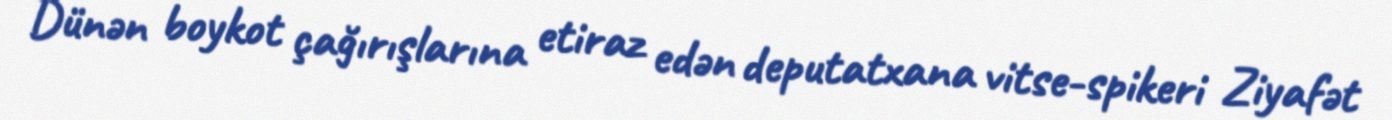
Dünən boykot çağırışlarına etiraz edən deputatxana vitse-spikeri Ziyafət